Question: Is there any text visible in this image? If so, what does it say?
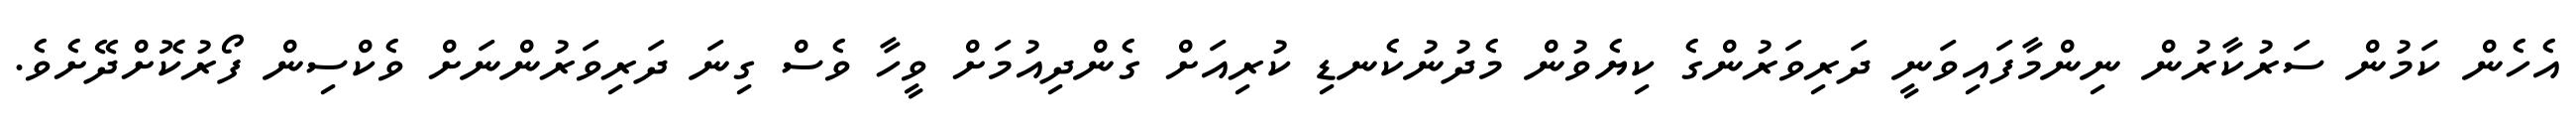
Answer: އެހެން ކަމުން ސަރުކާރުން ނިންމާފައިވަނީ ދަރިވަރުންގެ ކިޔެވުން މެދުނުކެނޑި ކުރިއަށް ގެންދިއުމަށް ވީހާ ވެސް ގިނަ ދަރިވަރުންނަށް ވެކްސިން ފޯރުކޮށްދޭށެވެ.